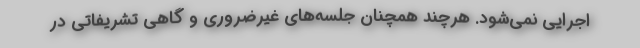
اجرایی نمی‌شود. هرچند همچنان جلسه‌های غیرضروری و گاهی تشریفاتی در